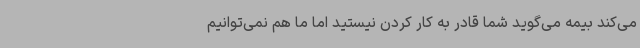
می‌کند بیمه می‌گوید شما قادر به کار کردن نیستید اما ما هم نمی‌توانیم